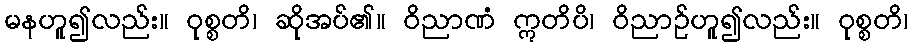
မနဟူ၍လည်း။ ဝုစ္စတိ၊ ဆိုအပ်၏။ ဝိညာဏံ ဣတိပိ၊ ဝိညာဉ်ဟူ၍လည်း။ ဝုစ္စတိ၊